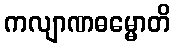
ကလျာဏဓမ္မောတိ